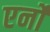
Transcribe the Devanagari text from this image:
एर्नो